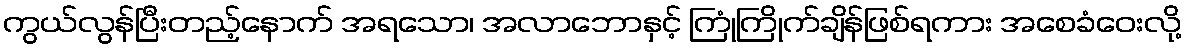
ကွယ်လွန်ပြီးတည့်နောက် အရသော၊ အလာဘောနှင့် ကြုံကြိုက်ချိန်ဖြစ်ရကား အစေခံဝေးလို့